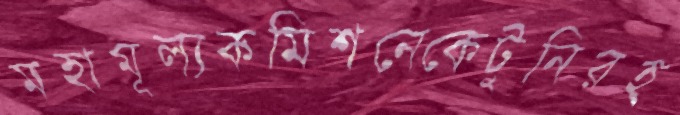
মহামূল্যকমিশনেকেটুনিরহ